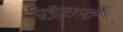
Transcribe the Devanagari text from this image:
रिज़ॉल्यूशनों